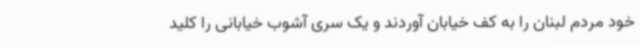
خود مردم لبنان را به کف خیابان آوردند و یک سری آشوب خیابانی را کلید